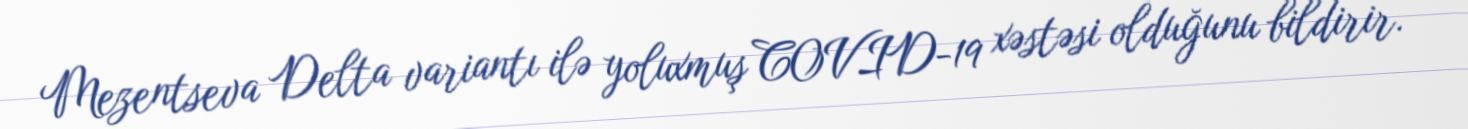
Mezentseva Delta variantı ilə yoluxmuş COVID-19 xəstəsi olduğunu bildirir.